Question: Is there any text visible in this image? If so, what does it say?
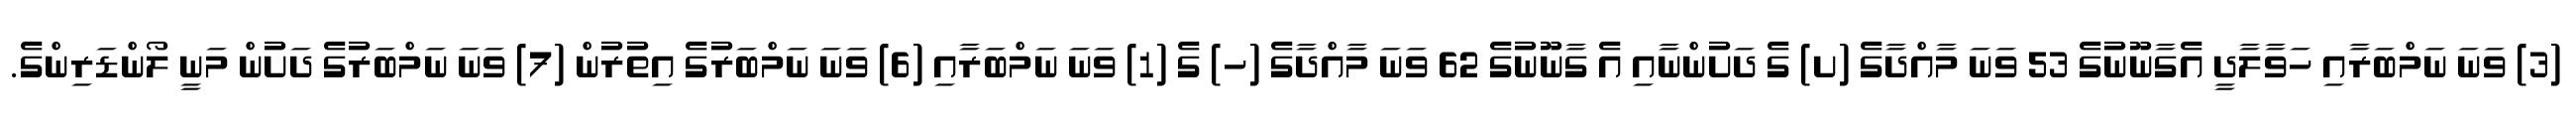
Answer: (3) ވަނަ ނަމްބަރާއި ހަވާލާދީ އެގާނޫނުގެ 53 ވަނަ މާއްދާގެ (ށ) ގެ ދަށުންނާއި އެ ގާނޫނުގެ 62 ވަނަ މާއްދާގެ (ހ) ގެ (1) ވަނަ ނަމްބަރާއި (6) ވަނަ ނަމްބަރުގެ އިތުރުން (7) ވަނަ ނަމްބަރުގެ ދަށުން މަނީ ލޯންޑަރިންގެ.